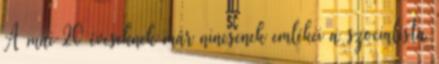
A mai 20 éveseknek már nincsenek emlékei a szocialista